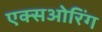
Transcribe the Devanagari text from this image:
एक्सओरिंग